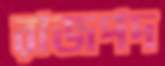
রাজপদ